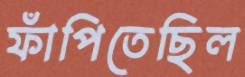
ফাঁপিতেছিল